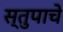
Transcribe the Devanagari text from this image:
स्तुपाचे